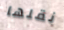
نقلها